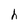
Character: h